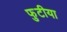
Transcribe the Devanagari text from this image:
फुटीया